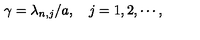
\gamma = \lambda _ { n , j } / a , \quad j = 1 , 2 , \cdots ,